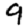
Digit: 9